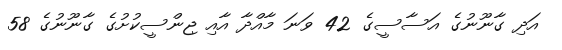
އަދި ގާނޫނުގެ އަސާސީގެ 42 ވަނަ މާއްދާ އާއި ޖިންސީކުށުގެ ގާނޫނުގެ 58